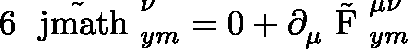
6 \tilde { \mathrm { \boldmath ~ \ j m a t h ~ } } _ { y m } ^ { \nu } = 0 + \partial _ { \mu } ^ { } \tilde { \mathrm { \boldmath ~ F ~ } } _ { y m } ^ { \mu \nu }